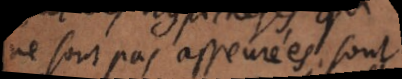
ne sont pas asseurées sont